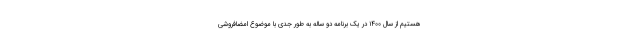
هستیم از سال ۱۴۰۰ در یک برنامه دو ساله به طور جدی با موضوع امضافروشی